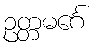
ဥတ္တမင်္ဂေ